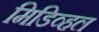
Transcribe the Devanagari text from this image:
मिडिव्हल